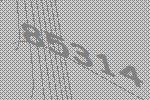
85314